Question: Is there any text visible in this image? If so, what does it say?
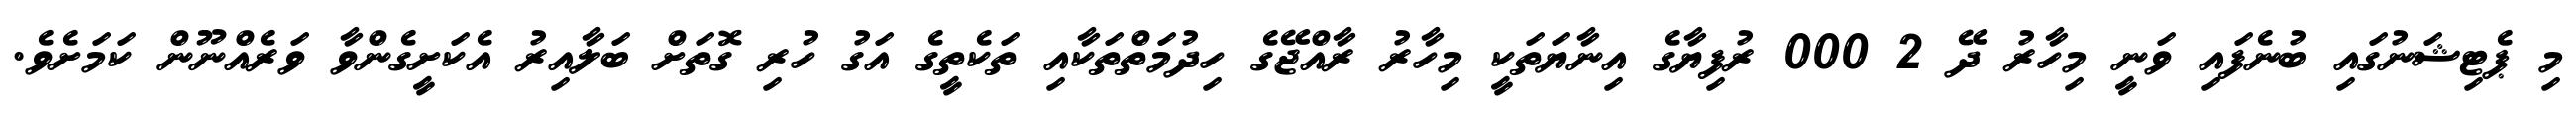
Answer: މި ޕެޓިޝަނުގައި ބުނެފައި ވަނީ މިހާރު ދޭ 2 000 ރުފިޔާގެ އިނާޔަތަކީ މިހާރު ރާއްޖޭގެ ހިދުމަތްތަކާއި ތަކެތީގެ އަގު ހުރި ގޮތަށް ބަލާއިރު އެކަށީގެންވާ ވަރެއްނޫން ކަމަށެވެ.